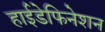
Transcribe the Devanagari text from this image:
हाईडेफिनेशन